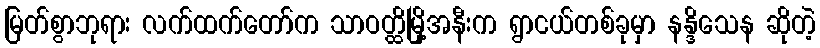
မြတ်စွာဘုရား လက်ထက်တော်က သာဝတ္ထိမြို့အနီးက ရွာငယ်တစ်ခုမှာ နန္ဒိသေန ဆိုတဲ့